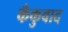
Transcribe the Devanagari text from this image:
कँकुवाद